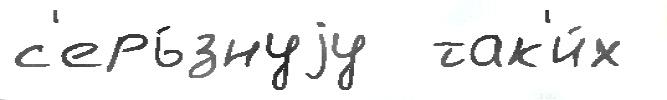
с'ерь́знуjу  так'и́х